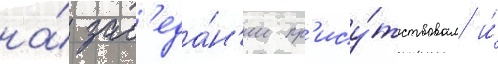
на́ зас'еда́н'ии пр'ису́тствовал и́